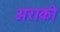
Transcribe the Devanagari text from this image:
अराको